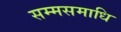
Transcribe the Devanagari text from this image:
सम्मसमाधि